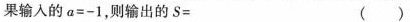
果输入的$$a=-1$$，则输出的S= ( )